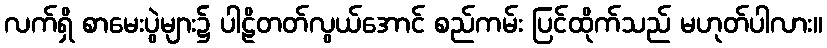
လက်ရှိ စာမေးပွဲများ၌ ပါဠိတတ်လွယ်အောင် စည်ကမ်း ပြင်ထိုက်သည် မဟုတ်ပါလား။